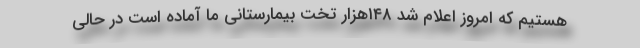
هستیم که امروز اعلام شد ۱۴۸هزار تخت بیمارستانی ما آماده است در حالی